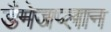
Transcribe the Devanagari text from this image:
डैमेजप्लान